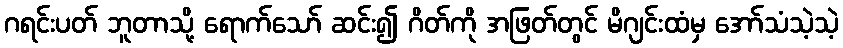
ဂရင်းပတ် ဘူတာသို့ ရောက်သော် ဆင်း၍ ဂိတ်ကို အဖြတ်တွင် မိဂျင်းထံမှ အော်သံသဲ့သဲ့